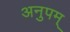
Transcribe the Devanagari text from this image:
अनुपम्